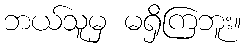
ဘယ်သူမှ မရှိကြဘူး။